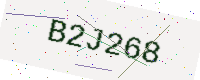
Text: B2J268